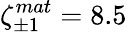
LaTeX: \zeta_{\pm 1}^{mat}=8.5